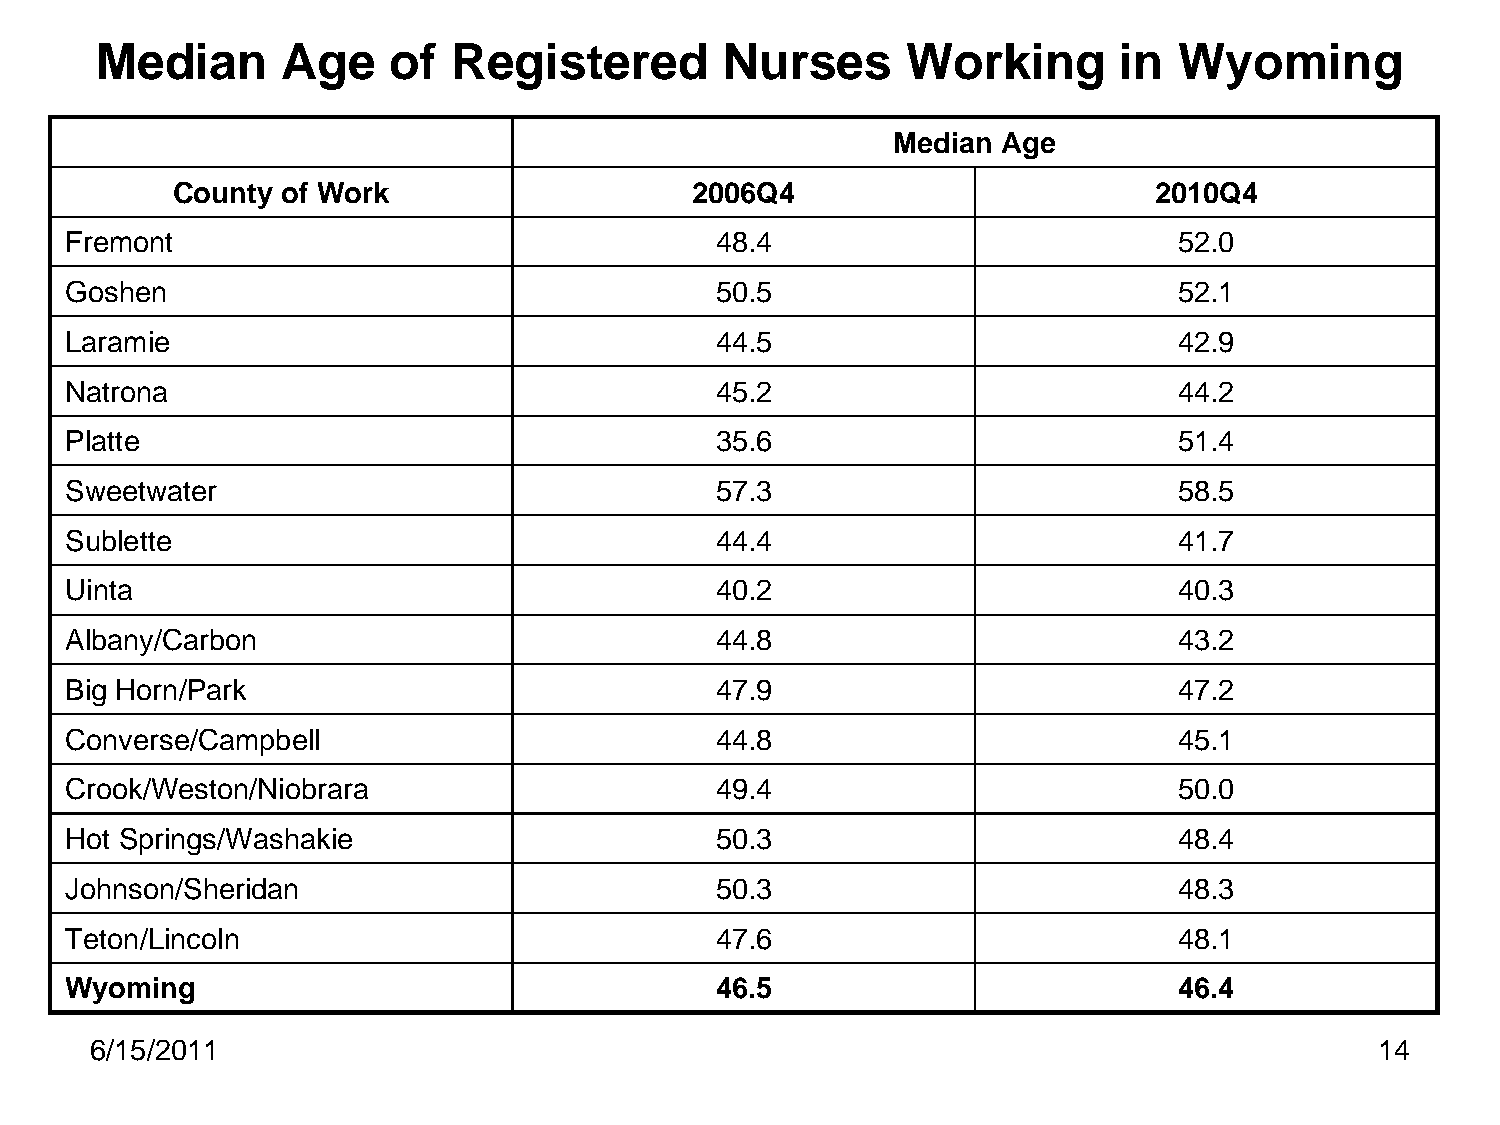
Median       Age    of  Registered        Nurses      Working       in  Wyoming
 Median Age
 County  of Work                    2006Q4                        2010Q4
 Fremont                                    48.4                           52.0
 Goshen                                     50.5                           52.1
 Laramie                                    44.5                           42.9
 Natrona                                    45.2                           44.2
 Platte                                     35.6                           51.4
 Sweetwater                                 57.3                           58.5
 Sublette                                   44.4                           41.7
 Uinta                                      40.2                           40.3
 Albany/Carbon                              44.8                           43.2
 Big Horn/Park                              47.9                           47.2
 Converse/Campbell                          44.8                           45.1
 Crook/Weston/Niobrara                      49.4                           50.0
 Hot Springs/Washakie                       50.3                           48.4
 Johnson/Sheridan                           50.3                           48.3
 Teton/Lincoln                              47.6                           48.1
 Wyoming                                    46.5                           46.4
 6/15/2011                                                                            14